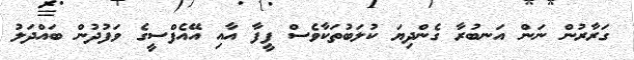
ގަރާރުން ނަން އަނބުރާ ގެންދިޔަ ކުލަބުތަކާވެސް ފީފާ އާއި އޭއެފްސީގެ ވަފުދުން ބައްދަލު